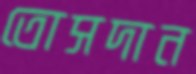
তোসদান